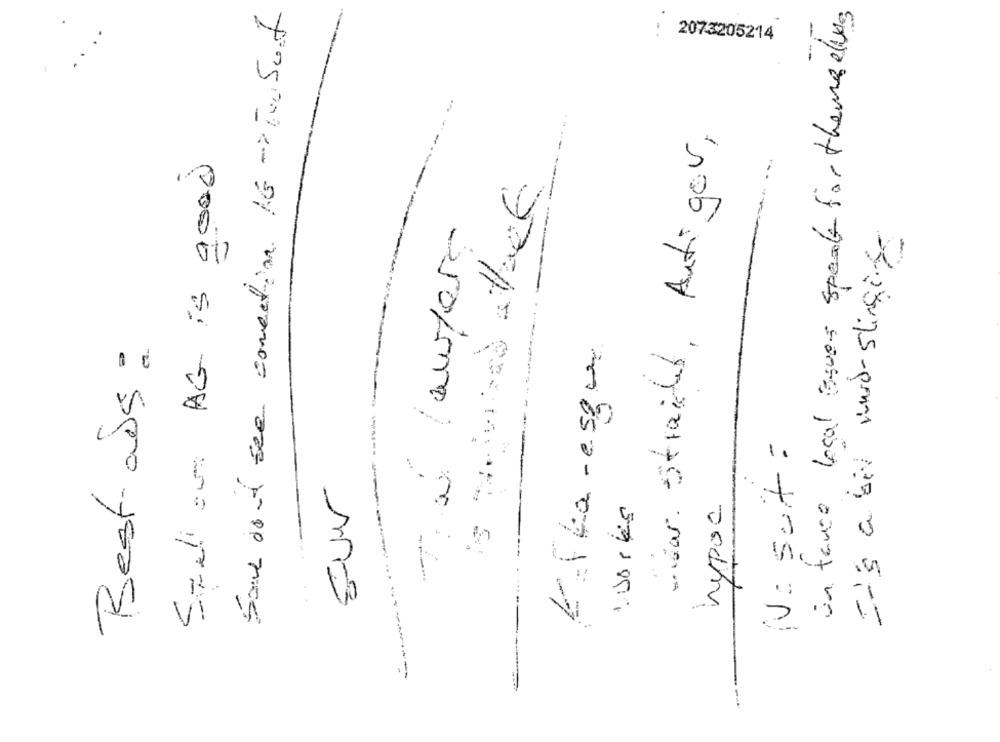
Son don't see conection. Is -TSof
Un tanco local agues speak for themselves
2073205214
.-.....
wear. Straited. Artigov,
Stelow AG is good
Ta lawyers
It's a bit ward-slinginge
Best-ass :
E-Fla-esque
N: suit :
Sur
hypos
---